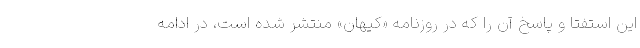
این استفتا و پاسخ آن را که در روزنامه «کیهان» منتشر شده است، در ادامه